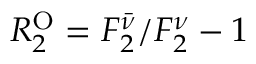
{ \cal R } _ { 2 } ^ { \mathrm { O } } = F _ { 2 } ^ { \bar { \nu } } / F _ { 2 } ^ { \nu } - 1